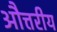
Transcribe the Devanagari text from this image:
औत्तरीय